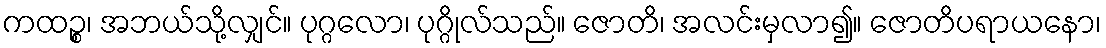
ကထဉ္စ၊ အဘယ်သို့လျှင်။ ပုဂ္ဂလော၊ ပုဂ္ဂိုလ်သည်။ ဇောတိ၊ အလင်းမှလာ၍။ ဇောတိပရာယနော၊